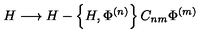
H \longrightarrow H - \left\{ H , \Phi ^ { ( n ) } \right\} C _ { n m } \Phi ^ { ( m ) }